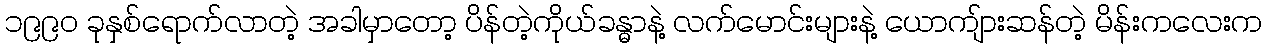
၁၉၉၀ ခုနှစ်ရောက်လာတဲ့ အခါမှာတော့ ပိန်တဲ့ကိုယ်ခန္ဓာနဲ့ လက်မောင်းများနဲ့ ယောကျ်ားဆန်တဲ့ မိန်းကလေးက